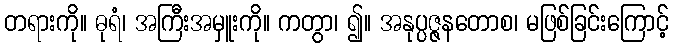
တရားကို။ ဓုရံ၊ အကြီးအမှူးကို။ ကတွာ၊ ၍။ အနုပ္ပဇ္ဇနတောစ၊ မဖြစ်ခြင်းကြောင့်